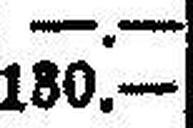
130.—